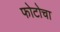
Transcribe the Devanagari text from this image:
फोटोचा